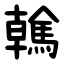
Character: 䮧